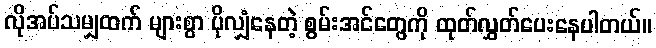
လိုအပ်သမျှထက် များစွာ ပိုလျှံနေတဲ့ စွမ်းအင်တွေကို ထုတ်လွှတ်ပေးနေပါတယ်။